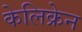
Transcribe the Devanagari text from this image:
केलिक्रेन